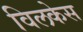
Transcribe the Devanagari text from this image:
विलकेस